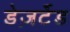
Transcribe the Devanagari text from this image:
डेज़र्टेड